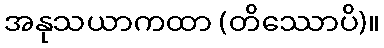
အနုသယာကထာ (တိဿောပိ)။